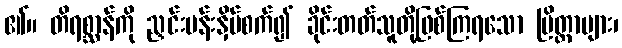
၏။ တိရစ္ဆာန်ကို ညှင်းပန်းနှိပ်စက်၍ ခိုင်းတတ်သူတို့ဖြစ်ကြရသော ပြိတ္တာများ၊